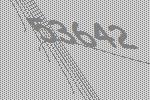
53642